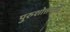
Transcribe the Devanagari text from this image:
पुरुशोत्तमजी